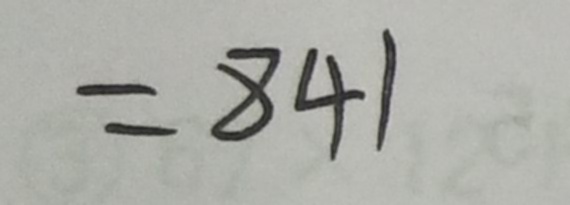
= 8 4 1